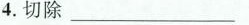
4.切除___